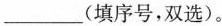
___(填序号，双选)。